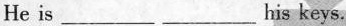
He is ___ ___ his keys.